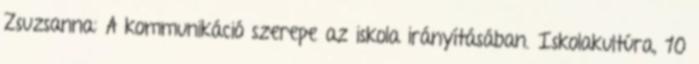
Zsuzsanna: A kommunikáció szerepe az iskola irányításában. Iskolakultúra, 10